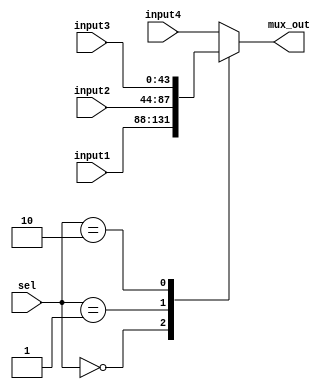


module mux4_1 #(parameter number_bits=22) 

(
input [2*number_bits-1:0] input1,
input [2*number_bits-1:0] input2,
input [2*number_bits-1:0] input3,
input [2*number_bits-1:0] input4,
input [1:0] sel,
output   reg [2*number_bits-1:0] mux_out);

always @(*)
begin
     case (sel)
     2'b00: mux_out=input1;
     2'b01: mux_out=input2;
     2'b10:mux_out=input3;
     default: mux_out=input4;
    endcase
end
endmodule